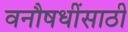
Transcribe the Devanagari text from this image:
वनौषधींसाठी